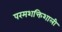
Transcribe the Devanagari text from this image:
परमशक्तिशाली